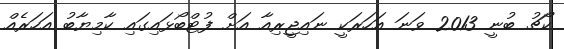
ކޯޗު ބުނީ 2013 ވަނަ އަހަރަކީ ނައިޖީރިއާ އަށް ފުޓްބޯޅައިގައި ކާމިޔާބު އަހަރެއް